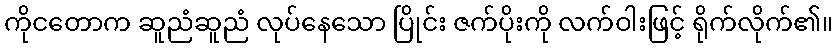
ကိုငတောက ဆူညံဆူညံ လုပ်နေသော ပြိုင်း ဇက်ပိုးကို လက်ဝါးဖြင့် ရိုက်လိုက်၏။